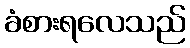
ခံစားရလေသည်